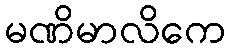
မဏိမာလိကေ